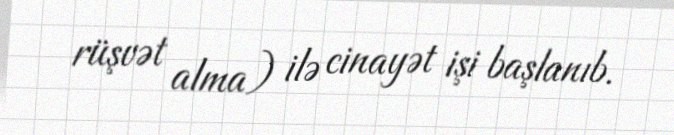
rüşvət alma) ilə cinayət işi başlanıb.